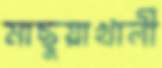
মাছুয়াখালী